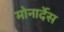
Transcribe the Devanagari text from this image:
मोनार्देस